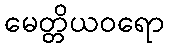
မေတ္တိယဝရော